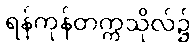
ရန်ကုန်တက္ကသိုလ်၌